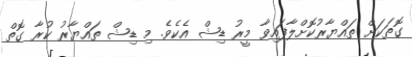
ގޮތަކަށް ތައްޔާރުކޮށްލާފައިވާ މީރު ޑިޝް އެކެވެ. މި ޑިޝް ތައްޔާރު ކުރާ ގޮތް